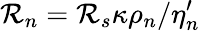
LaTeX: {\cal R}_{n}={\cal R}_{s}\kappa\rho_{n}/\eta_{n}^{\prime}